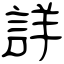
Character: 詳